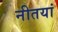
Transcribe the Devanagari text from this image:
नीतयां